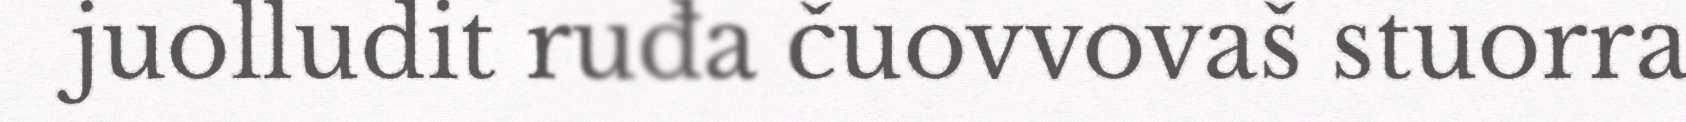
juolludit ruđa čuovvovaš stuorra